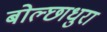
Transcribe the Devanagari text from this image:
बोल्छाधुरा